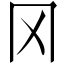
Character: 冈